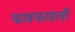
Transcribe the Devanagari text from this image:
फणफणली